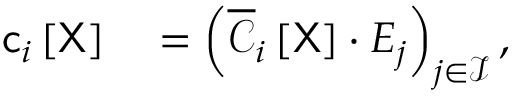
\begin{array} { r l } { \mathsf { c } _ { i } \left[ \mathsf { X } \right] } & { { } = \left( \overline { { \boldsymbol { \mathscr { C } } } } _ { i } \left[ \mathsf { X } \right] \cdot \boldsymbol { E } _ { j } \right) _ { j \in \mathcal { I } } , } \end{array}